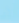
أو